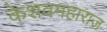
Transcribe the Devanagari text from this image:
केशवमहाराज